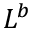
L ^ { b }